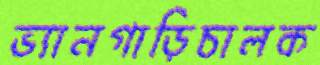
ভ্যানগাড়িচালক